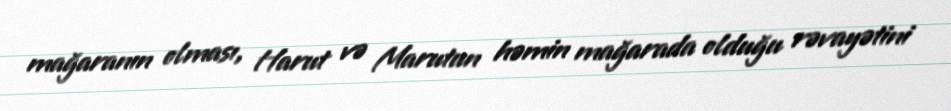
mağaranın olması, Harut və Marutun həmin mağarada olduğu rəvayətini